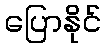
ပြောနိုင်